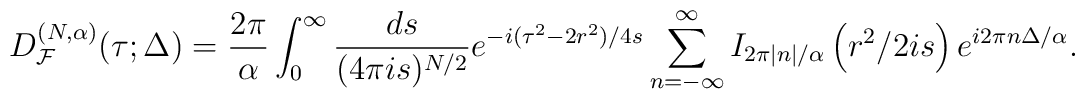
D_{{\cal F}}^{(N, \alpha)}(\tau; \Delta)=\frac{2\pi }{\alpha} \int_{0}^{\infty}\frac{ds}{(4\pi i s)^{N/2}}e^{-i(\tau^{2}-2 r^{2})/4s}\sum_{n=-\infty}^{\infty}I_{2\pi |n|/\alpha}\left(r^{2}/2is \right)e^{i2\pi n\Delta/\alpha} .